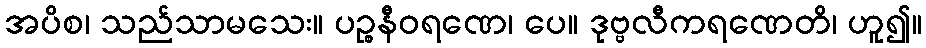
အပိစ၊ သည်သာမသေး။ ပဉ္စနီဝရဏေ၊ ပေ။ ဒုဗ္ဗလီကရဏေတိ၊ ဟူ၍။